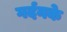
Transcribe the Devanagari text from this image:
गर्दनके